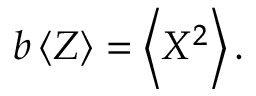
b \left< Z \right> = \left< X ^ { 2 } \right> .